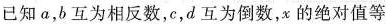
已知a，b互为相反数，c，d互为倒数，x的绝对值等